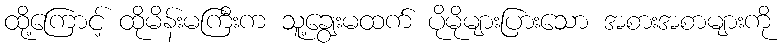
ထို့ကြောင့် ထိုမိန်းမကြီးက သူ့ချွေးမထက် ပိုမိုများပြားသော အစားအစာများကို